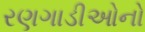
રણગાડીઓનો